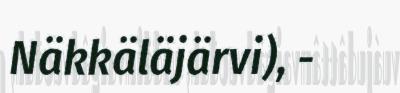
Näkkäläjärvi), -